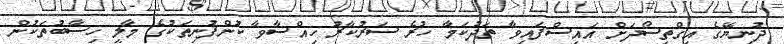
ދުނިޔޭގެ އިގްތިސޯދަށް އައިސްފައިވާ ތަދުކަމާ ހުރެ ސަރުކާރު ހިއްސާވާ ކުންފުނިތަކުގެ މާލީ ހިސާބުތަކުން